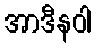
အာဒီနဝါ